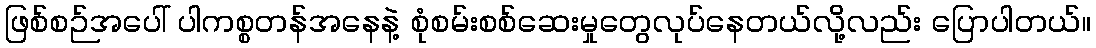
ဖြစ်စဉ်အပေါ် ပါကစ္စတန်အနေနဲ့ စုံစမ်းစစ်ဆေးမှုတွေလုပ်နေတယ်လို့လည်း ပြောပါတယ်။